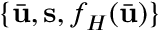
\{ \bar { \mathbf { u } } , \mathbf { s } , f _ { H } ( \bar { \mathbf { u } } ) \}